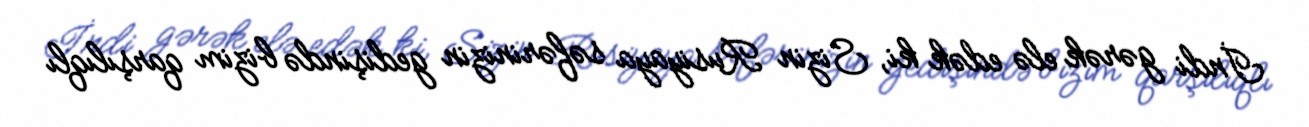
İndi gərək elə edək ki, Sizin Rusiyaya səfərinizin gedişində bizim qarşılıqlı